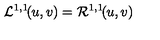
{ \cal L } ^ { 1 , 1 } \! ( u , v ) = { \cal R } ^ { 1 , 1 } \! ( u , v )